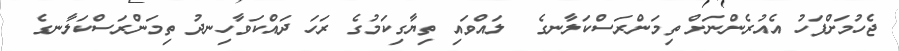
ޖެހުމަށްފަހު އެއުރެންނަށް ތިމަންރަސްކަލާނގެ  ލައްވައި ތިޔާގިކަމުގެ ރަހަ ދައްކަވާހިނދު ތިމަންރަސްކަލާނގެ